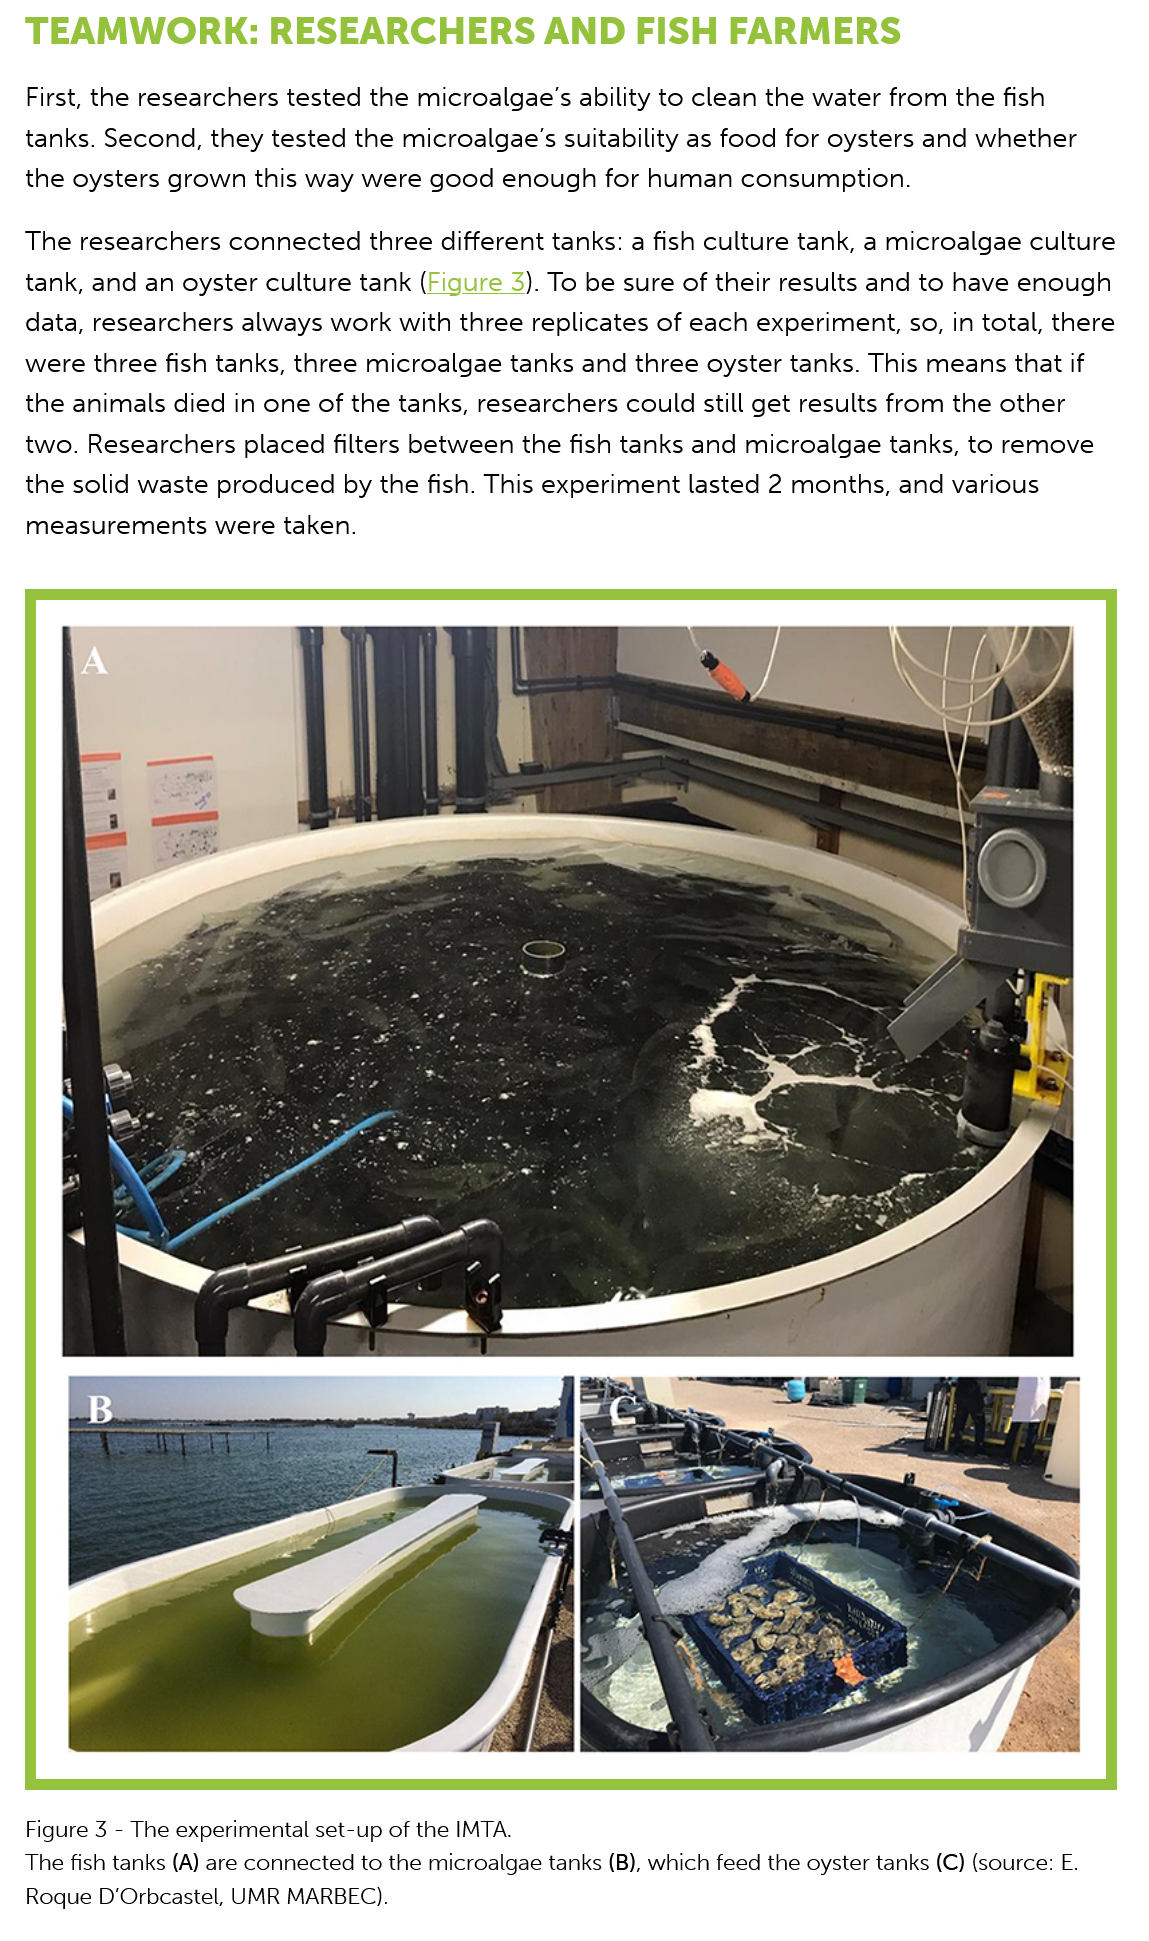
TEAMWORK:    RESEARCHERS    AND    FISH    FARMERS
   First, the researchers tested the microalgae’s ability to clean the water from the fish
   tanks. Second, they tested the microalgae’s suitability as food for oysters and whether
   the oysters grown  this way were good  enough   for human  consumption.
   The researchers  connected  three different tanks: a fish culture tank, a microalgae culture
   ank, and  an oyster culture tank (Figure 3). To be sure of their results and to have enough
   Jata, researchers always work  with three replicates of each experiment, so, in total, there
   vere three fish tanks, three microalgae tanks and three oyster tanks. This means that if
   he  animals died in one of the tanks, researchers could still get results from the other
   wo.  Researchers  placed filters between the fish tanks and microalgae tanks, to remove
   he  solid waste produced  by the fish. This experiment lasted 2 months, and various
   neasurements   were taken.
   Figure 3
     -
     The experimental set-up of the IMTA.
   The fish tanks (A) are connected to the microalgae tanks (B), which feed the oyster tanks (C) (source: E.
   Roque D’Orbcastel, UMR MARBEC).